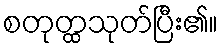
စတုတ္ထသုတ်ပြီး၏။